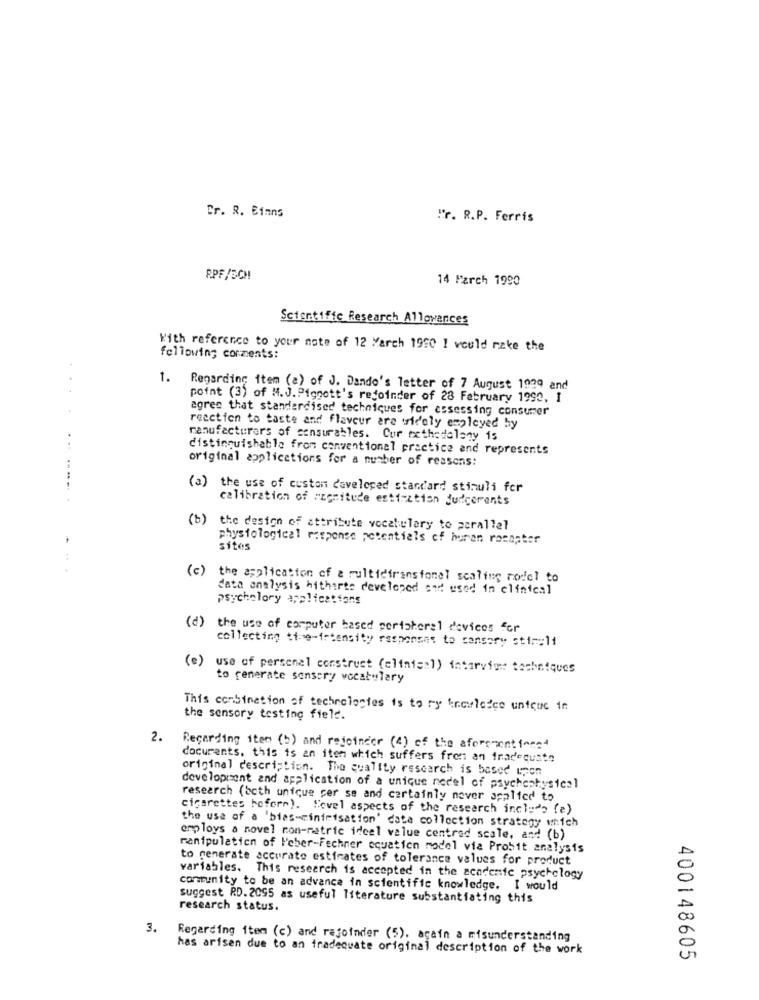
Br. R. Binns
"r. R.P. Ferris
RPF/SCH
14 Parch 1990
Scientific Research Allowances
With reference to your note of 12 March 1990 I would rake the
following comments:
1.
Regarding item (a) of J. Dando's letter of 7 August 1999 and
...
point (3) of M. J. Piggott's rejoinder of 28 February 1990, 1
agree that standardised techniques for assessing consumer
reaction to taste and flavour are widely employed by
manufacturers of consurables. Cur cxthedolany 15
. ..
distinguishable from conventional practice and represents
original applications for a number of reasons:
. ...
(a)
the use of custon developed standard stimuli for
calibration of magnitude esttextion juicerents
(b) the design of attribute vocabulary to parallel
physiological response potentiels of huran rosapter
sites
:
(c) the application of a multictranstonal scaling model to
data analysis hitharte developed cad used in clinical
Psycholory applications
(d) the use of computer based portaterel devices for
collecting time-intensity responses to censory stir:11
(e) use of personel construct (clinis:)) intarvios techniques
to generate sensory vocabulary
This combination of technologies is to ry travledce unique in
the sensory testing field.
2.
Regarding item (b) and rejoinder (4) of the aforementioned
documents. this is an item which suffers from an inadequate
original description. The quality research is based upon
development and application of a unique nedel of psychophysical
research (both unique cer se and certainly nover applied to
cigarettes hofere). "ovel aspects of the research include (e)
the use of a 'bias-minimisation' data collection strategy which
employs a novel non-matric ideal value centred scale, and (b)
manipulation of l'eber-Fechner equation model via Probit analysis
to generate accurate estimates of tolerance values for product
variables. This research is accepted in the academic psychology
community to be an advance in scientific knowledge. I would
suggest RD. 2095 as useful literature substantiating this
research status.
3.
Regarding item (c) and rejoinder (5). again a misunderstanding
has arisen due to an inadequate original description of the work
400148605